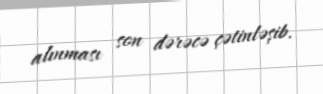
alınması son dərəcə çətinləşib.